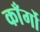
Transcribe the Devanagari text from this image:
काँर्गो